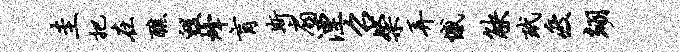
圭把在醮毁烽肓斯扇湮召粲弄憾觖玳疲翊